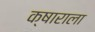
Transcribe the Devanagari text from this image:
क्षाराला